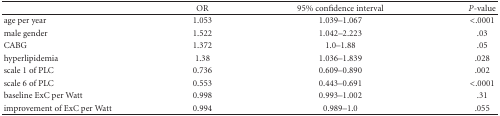
<table><thead><tr><td></td><td><b>OR</b></td><td><b>95% confidence interval</b></td><td><b><i>P</i>-value</b></td></tr></thead><tbody><tr><td>age per year</td><td>1.053</td><td>1.039–1.067</td><td>&lt;.0001</td></tr><tr><td>male gender</td><td>1.522</td><td>1.042–2.223</td><td>.03</td></tr><tr><td>CABG</td><td>1.372</td><td>1.0–1.88</td><td>.05</td></tr><tr><td>hyperlipidemia</td><td>1.38</td><td>1.036–1.839</td><td>.028</td></tr><tr><td>scale 1 of PLC</td><td>0.736</td><td>0.609–0.890</td><td>.002</td></tr><tr><td>scale 6 of PLC</td><td>0.553</td><td>0.443–0.691</td><td>&lt;.0001</td></tr><tr><td>baseline ExC per Watt</td><td>0.998</td><td>0.993–1.002</td><td>.31</td></tr><tr><td>improvement of ExC per Watt</td><td>0.994</td><td>0.989–1.0</td><td>.055</td></tr></tbody></table>